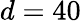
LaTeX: d=40